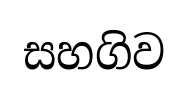
සහගිව